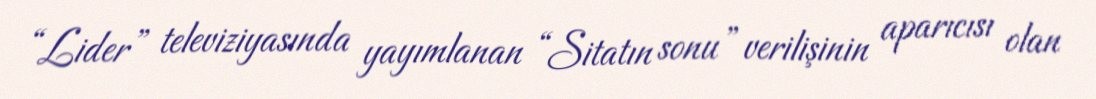
“Lider” televiziyasında yayımlanan “Sitatın sonu” verilişinin aparıcısı olan